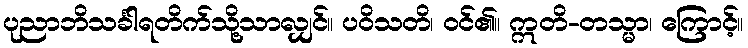
ပုညာဘိသင်္ခါရတိက်သို့သာလျှင်။ ပဝိသတိ၊ ဝင်၏။ ဣတိ-တသ္မာ၊ ကြောင့်။